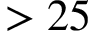
> 2 5